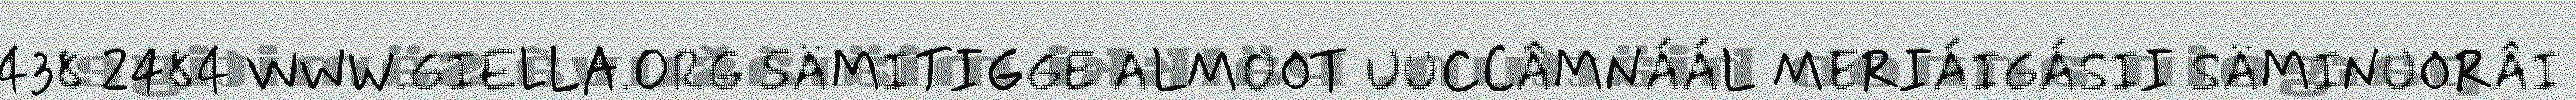
438 2484 WWW.GIELLA.ORG SÄMITIGGE ALMOOT UUCCÂMNÁÁL MERIÁIGÁSII SÄMINUORÂI